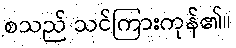
စသည် သင်ကြားကုန်၏။